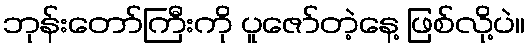
ဘုန်းတော်ကြီးကို ပူဇော်တဲ့နေ့ ဖြစ်လို့ပဲ။